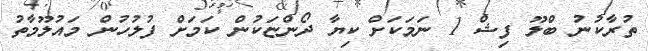
ތުރާކުނު ބްލޫ ފިޝް 1 ނަމަކަށް ކިޔާ ދޯންޏަކުން ކަމަށް ފުލުހުން މައުލޫމާތު